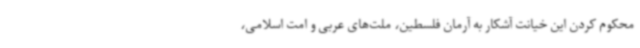
محکوم کردن این خیانت آشکار به آرمان فلسطین، ملت‌های عربی و امت اسلامی،